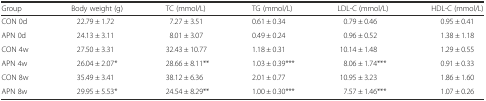
<table><thead><tr><td><b>Group</b></td><td><b>Body weight (g)</b></td><td><b>TC (mmol/L)</b></td><td><b>TG (mmol/L)</b></td><td><b>LDL-C (mmol/L)</b></td><td><b>HDL-C (mmol/L)</b></td></tr></thead><tbody><tr><td>CON 0d</td><td>22.79 ± 1.72</td><td>7.27 ± 3.51</td><td>0.61 ± 0.34</td><td>0.79 ± 0.46</td><td>0.95 ± 0.41</td></tr><tr><td>APN 0d</td><td>24.13 ± 3.11</td><td>8.01 ± 3.07</td><td>0.49 ± 0.24</td><td>0.96 ± 0.52</td><td>1.38 ± 1.18</td></tr><tr><td>CON 4w</td><td>27.50 ± 3.31</td><td>32.43 ± 10.77</td><td>1.18 ± 0.31</td><td>10.14 ± 1.48</td><td>1.29 ± 0.55</td></tr><tr><td>APN 4w</td><td>26.04 ± 2.07*</td><td>28.66 ± 8.11**</td><td>1.03 ± 0.39***</td><td>8.06 ± 1.74***</td><td>0.91 ± 0.33</td></tr><tr><td>CON 8w</td><td>35.49 ± 3.41</td><td>38.12 ± 6.36</td><td>2.01 ± 0.77</td><td>10.95 ± 3.23</td><td>1.86 ± 1.60</td></tr><tr><td>APN 8w</td><td>29.95 ± 5.53*</td><td>24.54 ± 8.29**</td><td>1.00 ± 0.30***</td><td>7.57 ± 1.46***</td><td>1.07 ± 0.26</td></tr></tbody></table>